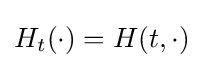
H_{t}(\cdot )=H(t,\cdot )